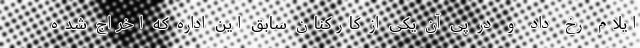
ایلام رخ داد و در پی آن یکی از کارکنان سابق این اداره که اخراج شده